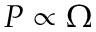
P \propto \Omega